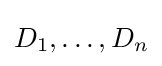
D_{1},\dots ,D_{n}